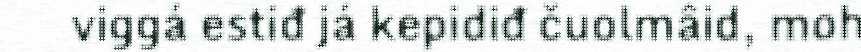
viggá estiđ já kepidiđ čuolmâid, moh